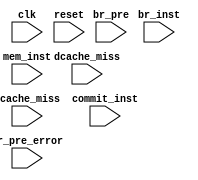
module perf_counter (
    input      clk              ,
    input      reset            ,

    input      dcache_miss      ,
    input      icache_miss      ,
    input      commit_inst      ,
    input      br_inst          ,
    input      mem_inst         ,
    input      br_pre           ,
    input      br_pre_error     
);

reg[31:0] dcache_miss_counter;
reg[31:0] icache_miss_counter;
reg[31:0] commit_inst_counter;
reg[31:0] br_inst_counter;
reg[31:0] mem_inst_counter;
reg[31:0] br_pre_counter;
reg[31:0] br_pre_error_counter;

always @(posedge clk) begin
    if (reset) begin
        dcache_miss_counter  <= 32'b0;
        icache_miss_counter  <= 32'b0;
        commit_inst_counter  <= 32'b0;
        br_inst_counter      <= 32'b0;
        mem_inst_counter     <= 32'b0;
        br_pre_counter       <= 32'b0;
        br_pre_error_counter <= 32'b0;
    end
    else begin
        if (dcache_miss) begin
            dcache_miss_counter <= dcache_miss_counter + 32'b1;
        end
        if (icache_miss) begin
            icache_miss_counter <= icache_miss_counter + 32'b1;
        end
        if (commit_inst) begin
            commit_inst_counter <= commit_inst_counter + 32'b1;
        end
        if (br_inst) begin
            br_inst_counter <= br_inst_counter + 32'b1;
        end
        if (mem_inst) begin
            mem_inst_counter <= mem_inst_counter + 32'b1;
        end
        if (br_pre) begin
            br_pre_counter <= br_pre_counter + 32'b1;
        end
        if (br_pre_error) begin
            br_pre_error_counter <= br_pre_error_counter + 32'b1;
        end
    end
end

endmodule